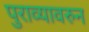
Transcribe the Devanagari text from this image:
पुराव्यावरुन